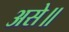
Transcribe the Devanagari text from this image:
असे॥